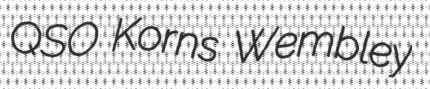
QSO Korns Wembley